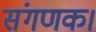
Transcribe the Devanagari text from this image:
संगणक।